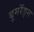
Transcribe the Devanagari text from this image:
बूमरॅङ्ग